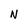
Character: N